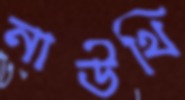
নাউথি